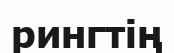
рингтің